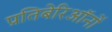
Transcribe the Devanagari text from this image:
प्रतिबेरिऑनों